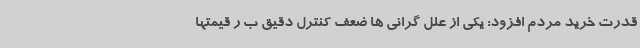
قدرت خرید مردم افزود: یکی از علل گرانی ها ضعف کنترل دقیق ب ر قیمتها